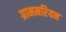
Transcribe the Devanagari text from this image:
ग्राममरियन